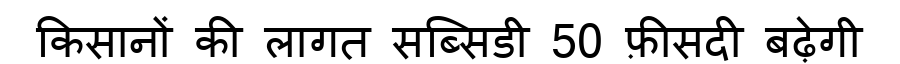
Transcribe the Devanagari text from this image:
किसानों की लागत सब्सिडी 50 फ़ीसदी बढ़ेगी